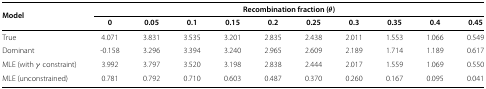
<table><thead><tr><td rowspan="2"><b>Model</b></td><td colspan="10"><b>Recombination fraction(<i>θ</i>)</b></td></tr><tr><td><b>0</b></td><td><b>0.05</b></td><td><b>0.1</b></td><td><b>0.15</b></td><td><b>0.2</b></td><td><b>0.25</b></td><td><b>0.3</b></td><td><b>0.35</b></td><td><b>0.4</b></td><td><b>0.45</b></td></tr></thead><tbody><tr><td>True</td><td>4.071</td><td>3.831</td><td>3.535</td><td>3.201</td><td>2.835</td><td>2.438</td><td>2.011</td><td>1.553</td><td>1.066</td><td>0.549</td></tr><tr><td>Dominant</td><td>-0.158</td><td>3.296</td><td>3.394</td><td>3.240</td><td>2.965</td><td>2.609</td><td>2.189</td><td>1.714</td><td>1.189</td><td>0.617</td></tr><tr><td>MLE (with <i>γ</i> constraint)</td><td>3.992</td><td>3.797</td><td>3.520</td><td>3.198</td><td>2.838</td><td>2.444</td><td>2.017</td><td>1.559</td><td>1.069</td><td>0.550</td></tr><tr><td>MLE (unconstrained)</td><td>0.781</td><td>0.792</td><td>0.710</td><td>0.603</td><td>0.487</td><td>0.370</td><td>0.260</td><td>0.167</td><td>0.095</td><td>0.041</td></tr></tbody></table>